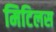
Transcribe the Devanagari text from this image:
मिटिलस